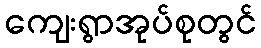
ကျေးရွာအုပ်စုတွင်